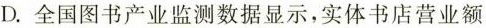
D. 全国图书产业监测数据显示，实体书店营业额